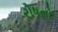
રોષનો